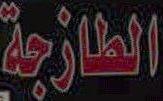
الطازجة